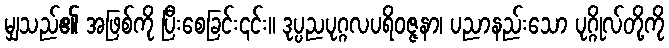
မျှသည်၏ အဖြစ်ကို ပြီးစေခြင်း၎င်း။ ဒုပ္ပညပုဂ္ဂလပရိဝဇ္ဇနာ၊ ပညာနည်းသော ပုဂ္ဂိုလ်တို့ကို